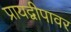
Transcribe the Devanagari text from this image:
प्रायद्वीपावर